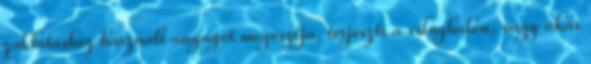
zaklatáshoz használt anyagot megosztja, terjeszti a világhálón, vagy akár